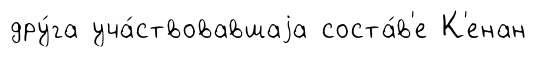
дру́га уча́ствовавшаjа соста́в'е К'енан